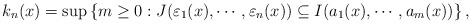
LaTeX: \begin{align*}k_n(x) = \sup\left\{m \geq 0: J(\varepsilon_1(x),\cdots, \varepsilon_n(x)) \subseteq I(a_1(x), \cdots, a_m(x))\right\},\end{align*}